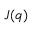
\boldsymbol { J } ( \boldsymbol q )